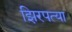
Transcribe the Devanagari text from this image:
झिरपत्या